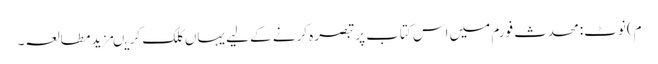
م)نوٹ:محدث فورم میں اس کتاب پر تبصرہ کرنے کے لیے یہاں کلک کریںمزید مطالعہ۔